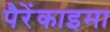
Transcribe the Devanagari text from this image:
पैरेंकाइमा